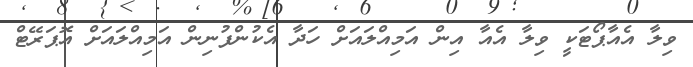
ވިލާ އެއާޕޯޓަކީ ވިލާ އެއާ އިން އަމިއްލައަށް ހަދާ އެކުންފުނިން އަމިއްލައަށް އޮޕަރޭޓް